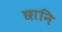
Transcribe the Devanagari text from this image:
छानि